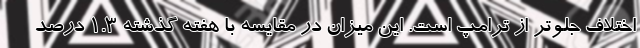
اختلاف جلوتر از ترامپ است. این میزان در مقایسه با هفته گذشته 1.3 درصد